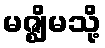
မဇ္ဈိမသို့